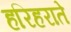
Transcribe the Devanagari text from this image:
हरिहराते